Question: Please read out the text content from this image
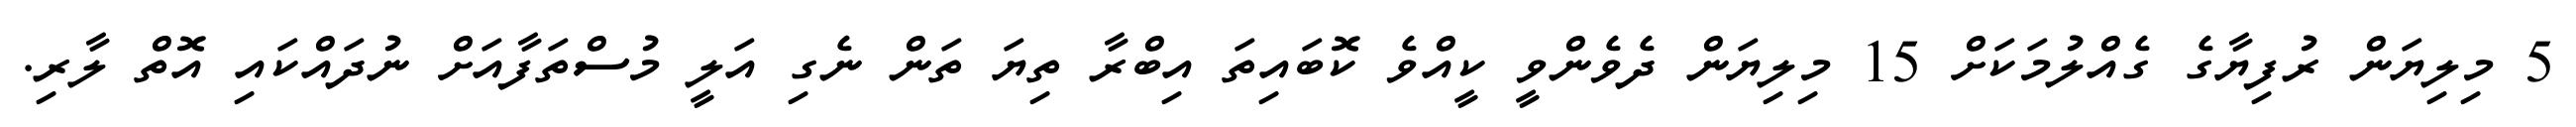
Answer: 5 މިލިޔަން ރުފިޔާގެ ގެއްލުމަކަށް 15 މިލިޔަން ދެވެންވީ ކީއްވެ ކޮބައިތަ އިބްރާ ތިޔަ ތަން ނެގި އަލީ މުސްތަފާއަށް ނުދައްކައި އޮތް ލާރި.